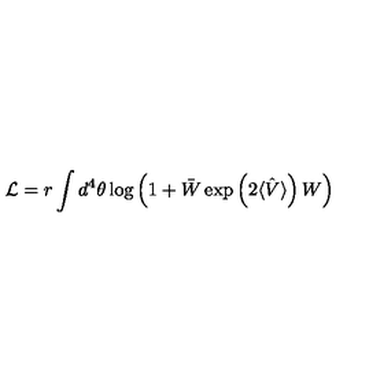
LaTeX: { \cal L } = r \int d ^ { 4 } \theta \log \left( 1 + \bar { W } \exp \left( 2 \langle \hat { V } \rangle \right) W \right)